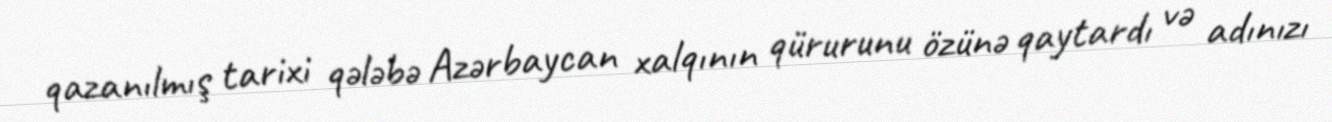
qazanılmış tarixi qələbə Azərbaycan xalqının qürurunu özünə qaytardı və adınızı